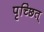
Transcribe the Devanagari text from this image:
पृच्छित्